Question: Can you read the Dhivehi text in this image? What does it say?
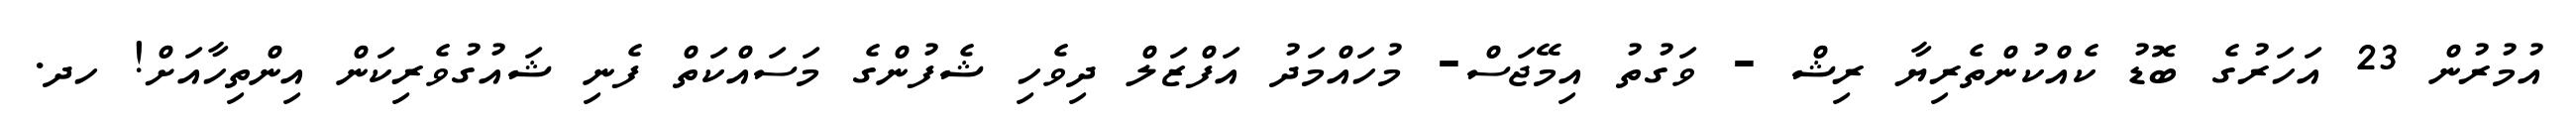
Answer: އުމުރުން 23 އަހަރުގެ ބޮޑު ކެއްކުންތެރިޔާ ރިޝް - ވަގުތު އިމޭޖަސް- މުހައްމަދު އަފްޒަލް ދިވެހި ޝެފުންގެ މަސައްކަތް ފެނި ޝައުގުވެރިކަން އިންތިހާއަށް! ހދ.